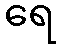
ရေ